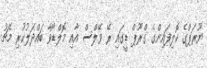
ޔޫރަޕްގެ ކޮލިފައިންގެ ގްރޫޕް ޑީގައި ރޭ ވޭލްސް އާއި މޮލްޑޯވާ ބައްދަލުކުރި މެޗު